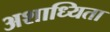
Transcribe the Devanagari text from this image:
अशाध्यिता